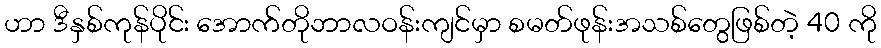
ဟာ ဒီနှစ်ကုန်ပိုင်း အောက်တိုဘာလဝန်းကျင်မှာ စမတ်ဖုန်းအသစ်တွေဖြစ်တဲ့ 40 ကို